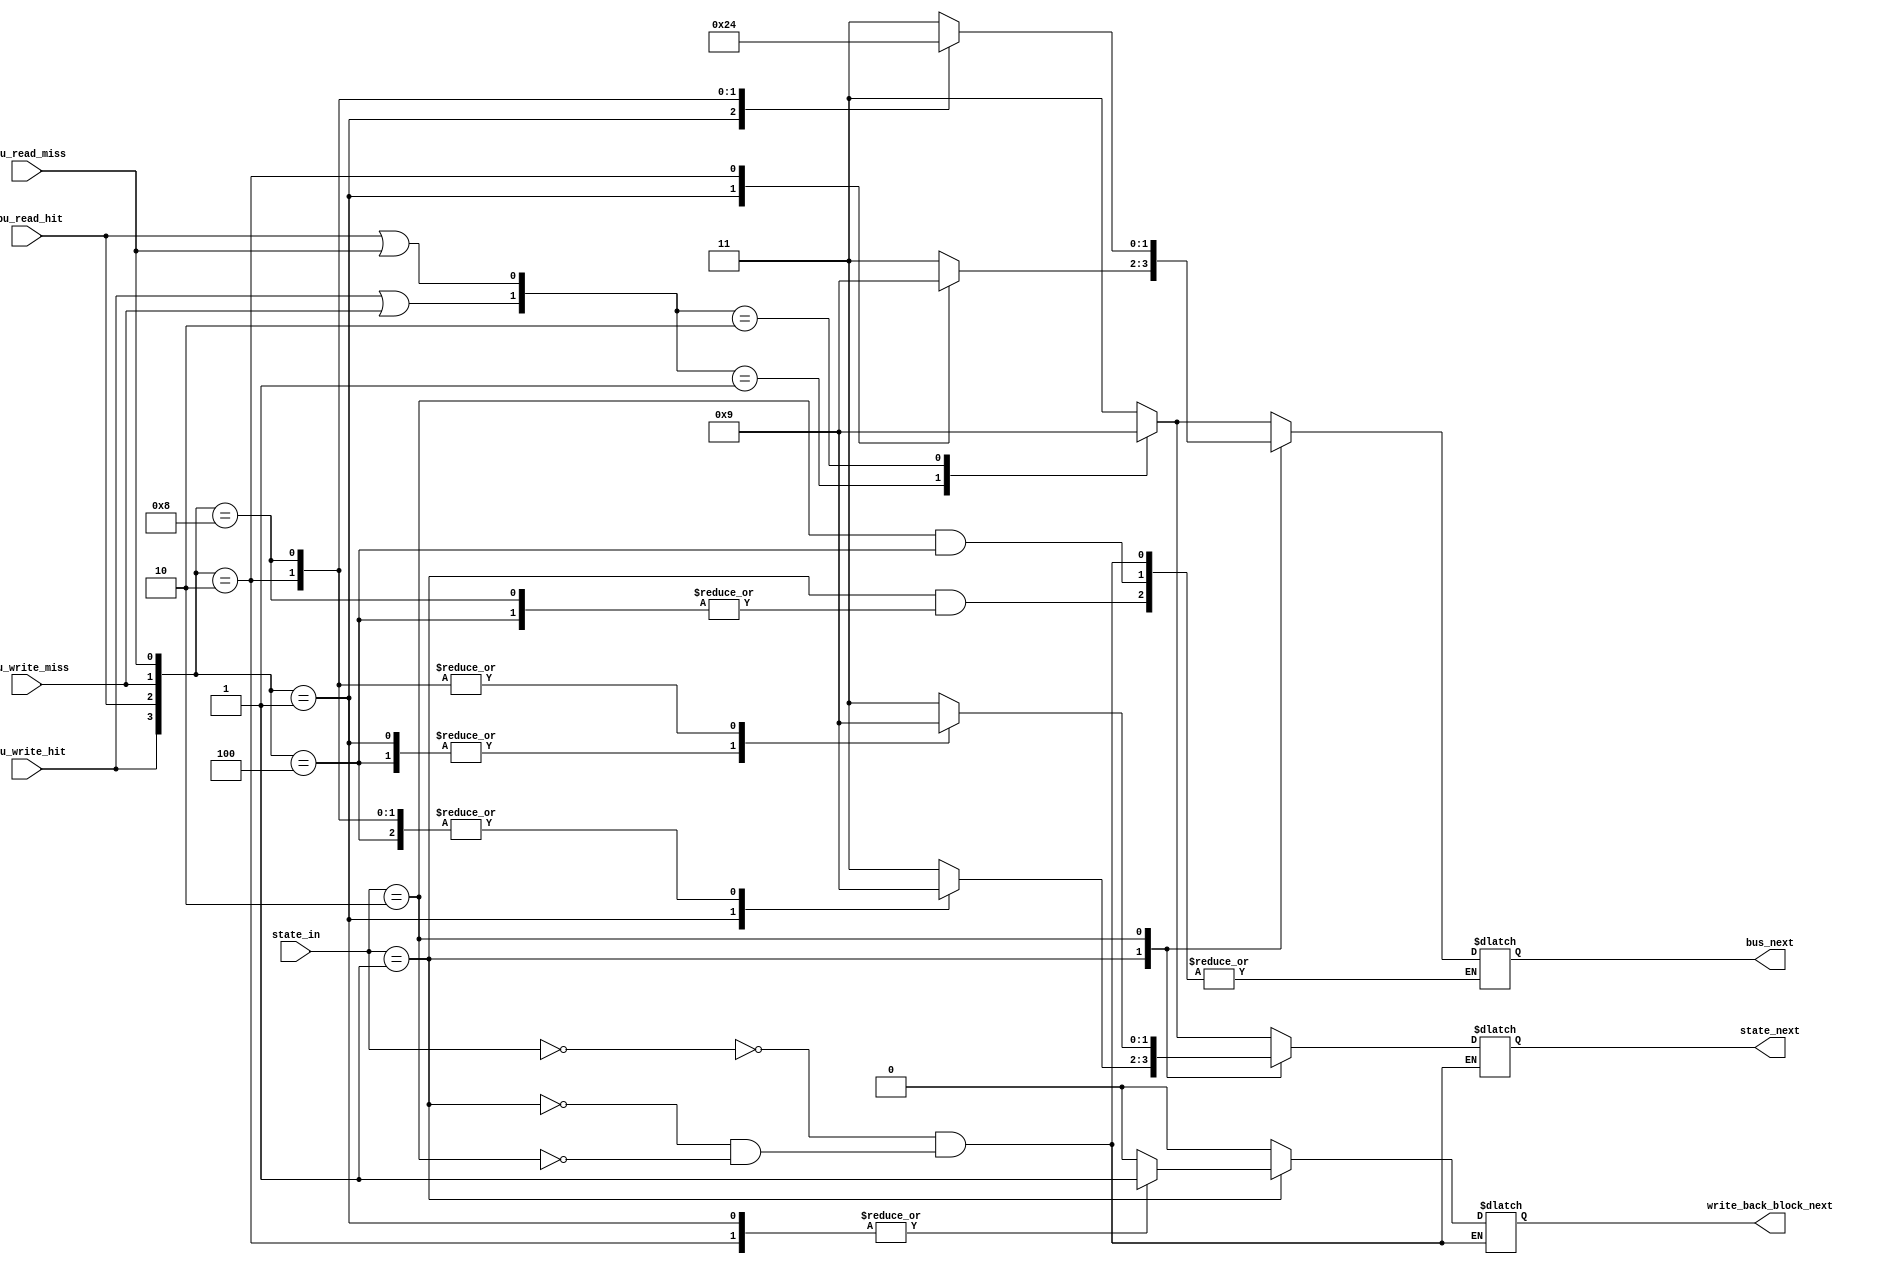
module FSM_MSI_CPU_requests_controller(
	input [1:0] state_in,
	input cpu_write_hit, cpu_read_hit,
	input cpu_write_miss, cpu_read_miss,
	
	output reg write_back_block_next,//used in implementation
	output reg [1:0] state_next,bus_next
	);
	//States parameters, for state_in and state_out, simplificam a vida:
	parameter INVALID=2'b00, MODIFIED=2'b01, SHARED=2'b10;
	//Bus parameters, to go out for bus:
	parameter BUS_INVALIDATE=2'b00, BUS_WRITE_MISS=2'b01, BUS_READ_MISS=2'b10;
	
	wire cpu_write = cpu_write_hit | cpu_write_miss;//whenever a write
	wire cpu_read = cpu_read_hit | cpu_read_miss;
	
	initial begin
		state_next <= INVALID;
		bus_next <= 2'b0;
		write_back_block_next <= 0;
	end
	always@(*)begin
		case(state_in)
			INVALID:begin
				case({cpu_write,cpu_read})
					2'b01: begin
						state_next <= SHARED;
						bus_next <= BUS_READ_MISS;
						write_back_block_next <= 0;
					end
					2'b10: begin
						state_next <= MODIFIED;
						bus_next <= BUS_WRITE_MISS;
						write_back_block_next <= 0;
					end
					default:begin
						state_next <= 2'b11;//error code
						bus_next <= 2'b11;
						write_back_block_next <= 0;
						$display("Error: no cpu should write and read at the once");
					end
				endcase
			end
			MODIFIED:begin
				case({cpu_write_hit,cpu_read_hit,cpu_write_miss,cpu_read_miss})
					4'b0001:begin						
						state_next <= SHARED;
						bus_next <= BUS_READ_MISS;
						write_back_block_next <= 1;
					end
					4'b0010:begin
						state_next <= MODIFIED;
						bus_next <= BUS_WRITE_MISS;
						write_back_block_next <=1;					
					end
					4'b0100,4'b1000:begin
						state_next <= MODIFIED;
						write_back_block_next <= 0;
					end
					default:begin
						state_next <= 2'b11;//error code
						bus_next <= 2'b11;
						write_back_block_next <= 0;
					end
				endcase			
			end
			SHARED:begin
				case({cpu_write_hit,cpu_read_hit,cpu_write_miss,cpu_read_miss})
					4'b0001:begin
						state_next <= SHARED;
						bus_next <= BUS_READ_MISS;
						write_back_block_next <= 0;
					end
					4'b0010:begin
						state_next <= MODIFIED;
						bus_next <= BUS_WRITE_MISS;
						write_back_block_next <= 0;
					end
					4'b0100:begin
						state_next <= SHARED;
						write_back_block_next <= 0;
					end
					4'b1000:begin
						state_next <= MODIFIED;
						bus_next <= BUS_INVALIDATE;
						write_back_block_next <= 0;
					end
					default:begin
						state_next <= 2'b11;//error code
						bus_next <= 2'b11;
						write_back_block_next <= 0;
					end
				endcase
			end
		endcase
	end
endmodule